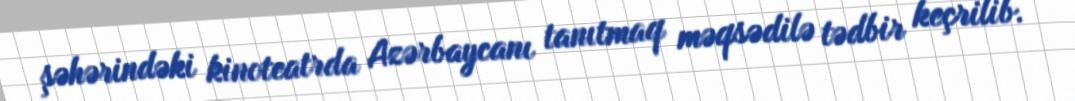
şəhərindəki kinoteatrda Azərbaycanı tanıtmaq məqsədilə tədbir keçrilib.